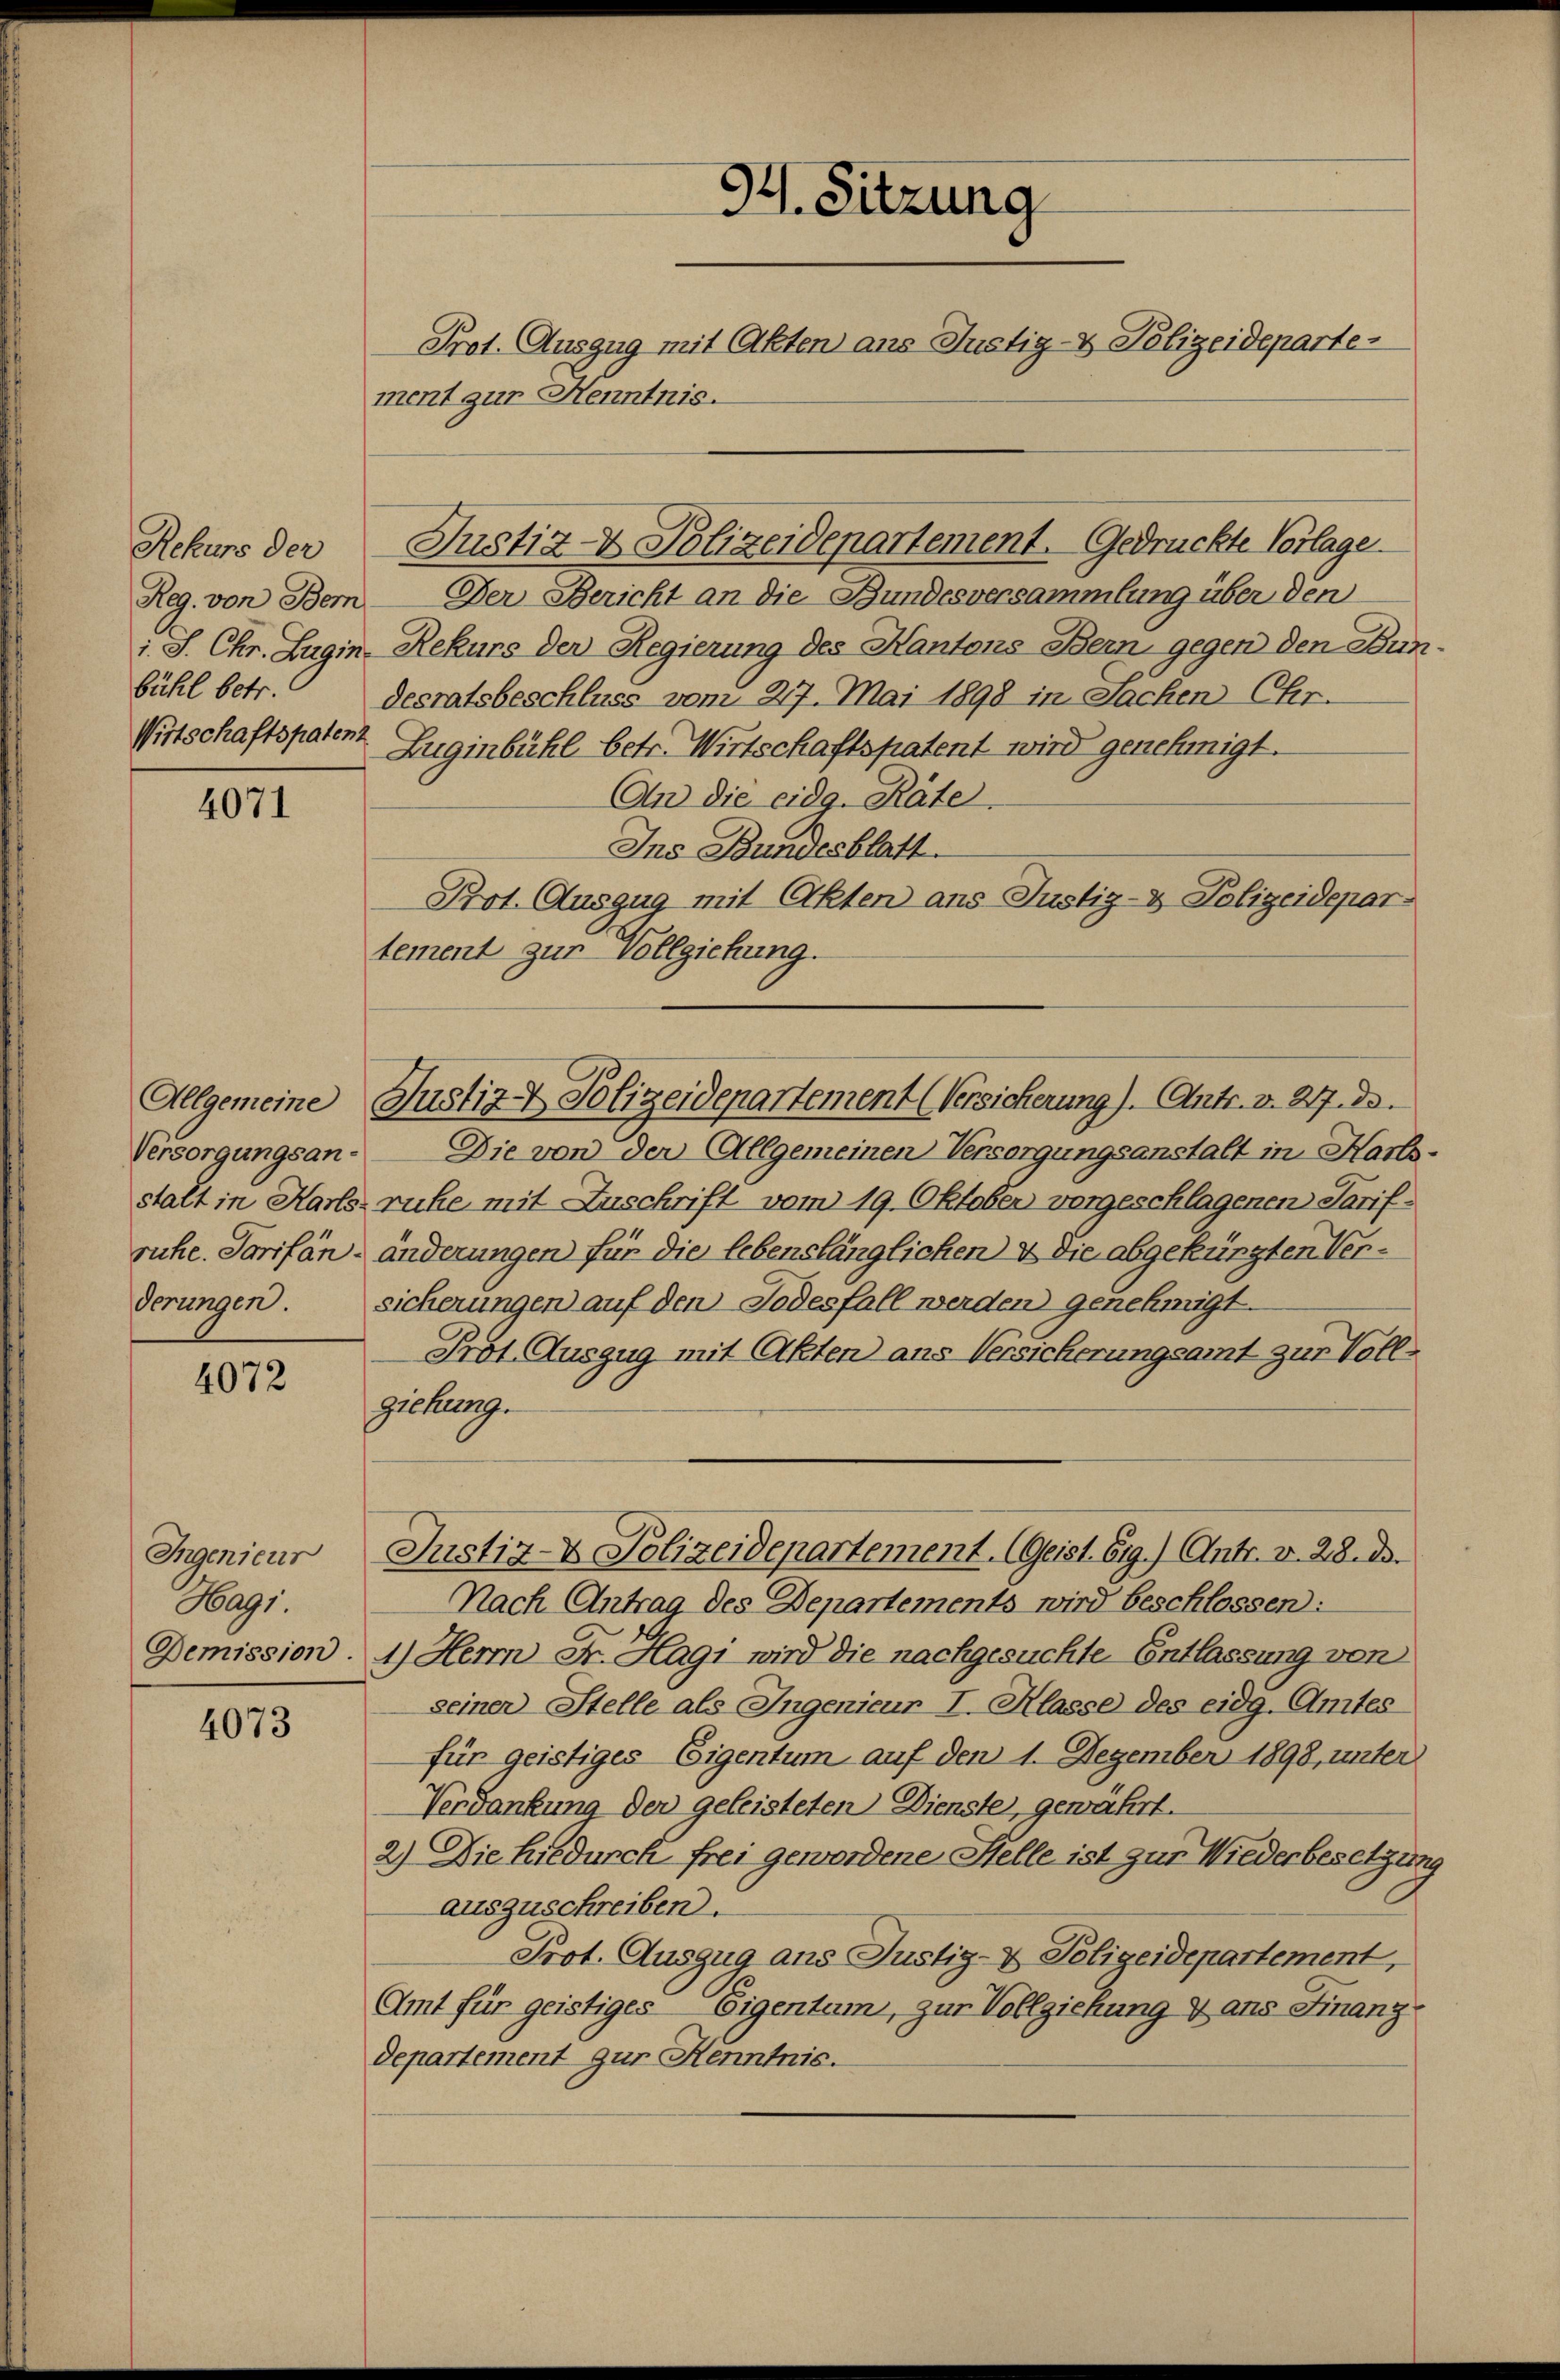
Rekurs der
Reg. von Bern
1. J. Chr. Lugin
bühl betr.
Wirtschaftspaten

4071

Versorgungsan-
derungen.

4072

Ingenieur
Bag
Demission.

4073

34. Sitzung
Prot. Auszug mit Akten ans Justiz- & Polizeideparte
ment zur Henntnis.

Der Bericht an die Bundesversammlung über den
 Rekurs der Regierung des Kantons Bern gegen den Bun
desratsbeschluss vom 217. Mai 1898 in Sachen Chr.
Zuginbühl betr. Wirtschaftspatent wird genehmigt.
An die eidg. Räte
Ins Bundesblatt.
Prot. Auszug mit Akten aus-Justiz- & Polizeidepar
tement zur Vollziehung.
Die von der Allgemeinen Versorgungsanstalt in Harls
stalt in Harls rücke mit Zuschrift vom 19. Oktober vorgeschlagenen Tarif
ruhe. Sarifän- änderungen für die lebenslänglichen & die abgeküngten Versicherungen auf den Todesfall werden genehmigt.
Prot. Auszug mit Akten aus Versicherungsamt zur Vollziehung.
Justiz- & Polizeidepartement. (Geist. Eig.) Antr. v. 28. ds.
Nach Antrag des Departements wird beschlossen:
1.) Herrn Fr. Hagi wird die nachgesuchte Entlassung von
seiner Stelle als Ingenieur I. Klasse des eidg. Amtes
für geistiges Eigentum auf den 1. Dezember 1898, unter
Verdankung der geleisteten Dienste, gewährt.
2.) Die hiedurch frei gewordene Stelle ist zur Wiederbesetzung
auszuschreiben.
Prot. Auszug ans Justiz- & Polizeidepartement,
Amt für geistiges Eigentum, zur Vollziehung & ans Finanz-
departement zur Kenntnis.

Justiz- & Polizeidepartement. Gedrückte Vorlage.

Allgemeine Justiz- Polizeidepartement (Versicherung). Antr. v. 217. ds.

9